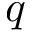
q